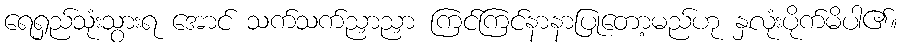
ရေရှည်သုံးသွားရ အောင် သက်သက်ညှာညှာ ကြင်ကြင်နာနာပြုတော့မည်ဟု နှလုံးပိုက်မိပါ၏။